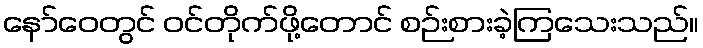
နော်ဝေတွင် ဝင်တိုက်ဖို့တောင် စဉ်းစားခဲ့ကြသေးသည်။